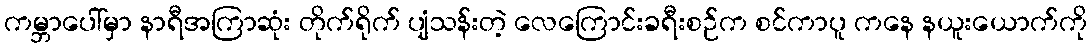
ကမ္ဘာပေါ်မှာ နာရီအကြာဆုံး တိုက်ရိုက် ပျံသန်းတဲ့ လေကြောင်းခရီးစဉ်က စင်ကာပူ ကနေ နယူးယောက်ကို